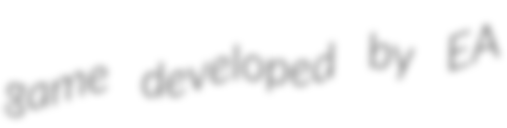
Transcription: game developed by EA